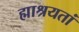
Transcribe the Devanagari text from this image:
ह्माश्रयतां